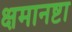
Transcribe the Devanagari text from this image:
क्षमानष्टा